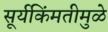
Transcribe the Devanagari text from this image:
सूर्यकिंमतीमुळे